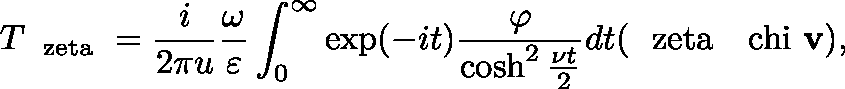
T _ { \mathrm { \boldmath ~ \ z e t a ~ } } = \frac { i } { 2 \pi u } \frac { \omega } { \varepsilon } \int _ { 0 } ^ { \infty } \exp ( - i t ) \frac { \varphi } { \cosh ^ { 2 } \frac { \nu t } { 2 } } d t ( \mathrm { \boldmath ~ \ z e t a ~ } \mathrm { \boldmath ~ \ c h i ~ } { \bf v } ) ,